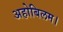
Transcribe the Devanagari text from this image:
अहोबिलम।